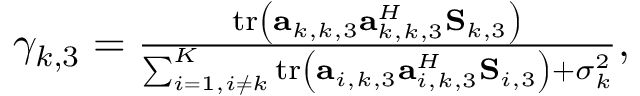
\begin{array} { r } { \gamma _ { k , 3 } = \frac { \mathrm { t r } \left( \mathbf a _ { k , k , 3 } \mathbf a _ { k , k , 3 } ^ { H } \mathbf S _ { k , 3 } \right) } { \sum _ { i = 1 , i \neq k } ^ { K } \mathrm { t r } \left( \mathbf a _ { i , k , 3 } \mathbf a _ { i , k , 3 } ^ { H } \mathbf S _ { i , 3 } \right) + \sigma _ { k } ^ { 2 } } , } \end{array}